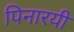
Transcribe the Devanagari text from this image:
पिनारयी